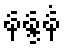
နန္ဒနံ